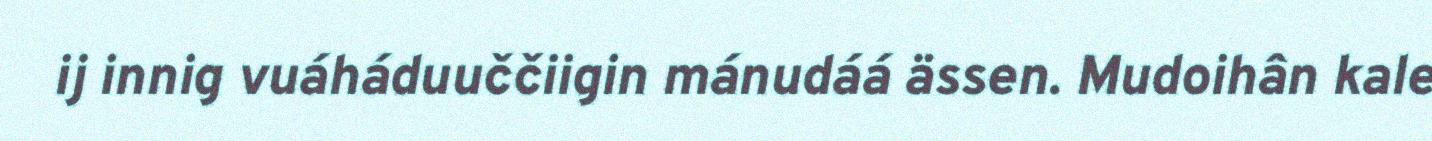
ij innig vuáháduuččiigin mánudáá ässen. Mudoihân kale